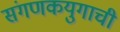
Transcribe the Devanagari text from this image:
संगणकयुगाची